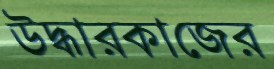
উদ্ধারকাজের